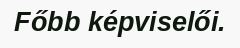
Főbb képviselői.